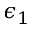
\epsilon _ { 1 }